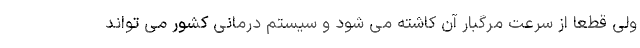
ولی قطعاً از سرعت مرگبار آن کاشته می شود و سیستم درمانی کشور می تواند